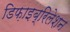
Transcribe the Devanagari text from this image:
डिफ़ाइब्रिलेशन